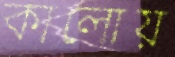
কালোয়